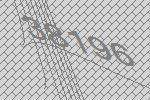
38196